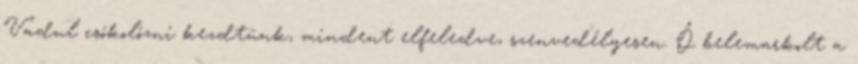
Vadul csókolózni kezdtünk, mindent elfeledve, szenvedélyesen. Ő belemarkolt a